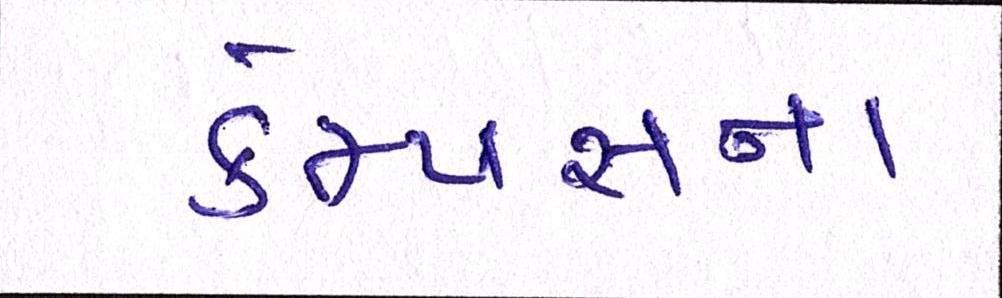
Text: કેમ્પસના